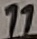
Text: 11